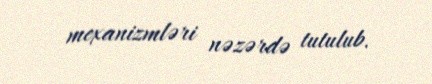
mexanizmləri nəzərdə tutulub.